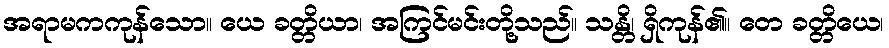
အရာမကကုန်သော။ ယေ ခတ္တိယာ၊ အကြင်မင်းတို့သည်။ သန္တိ၊ ရှိကုန်၏။ တေ ခတ္တိယေ၊